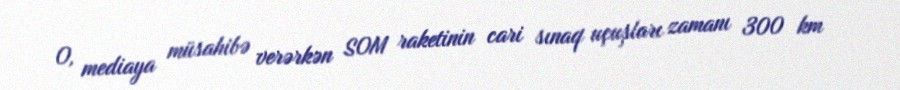
O, mediaya müsahibə verərkən SOM raketinin cari sınaq uçuşları zamanı 300 km